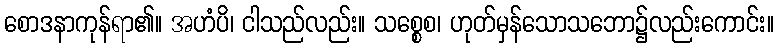
စောဒနာကုန်ရာ၏။ အဟံပိ၊ ငါသည်လည်း။ သစ္စေစ၊ ဟုတ်မှန်သောသဘော၌လည်းကောင်း။